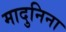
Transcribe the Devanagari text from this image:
मादुनिना